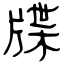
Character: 牒